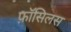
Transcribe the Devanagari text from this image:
फ़ॉसिलस